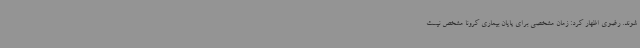
شوند. رضوی اظهار کرد: زمان مشخصی برای پایان بیماری کرونا مشخص نیست